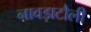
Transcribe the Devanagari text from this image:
नावड़ाटौली